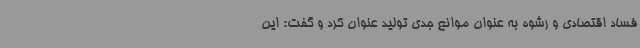
فساد اقتصادی و رشوه به عنوان موانع جدی تولید عنوان کرد و گفت: این